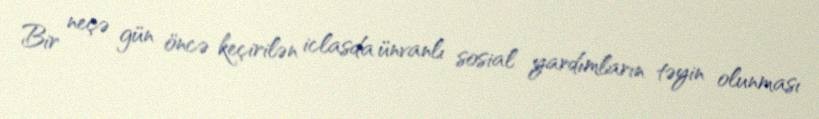
Bir neçə gün öncə keçirilən iclasda ünvanlı sosial yardımların təyin olunması